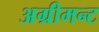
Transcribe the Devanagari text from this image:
अग्रीमन्ट